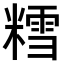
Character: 𫟀